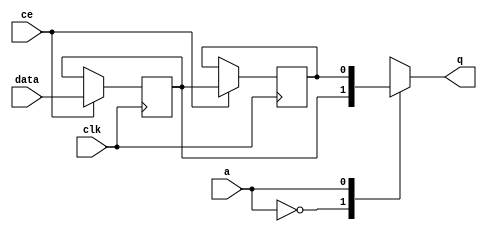
// ==============================================================
// Vivado(TM) HLS - High-Level Synthesis from C, C++ and SystemC v2019.2 (64-bit)
// Copyright 1986-2019 Xilinx, Inc. All Rights Reserved.
// ==============================================================

`timescale 1 ns / 1 ps

module start_for_yolo_decode_ss_ap_fixed_ap_fixed_5ul_4ul_4ul_2ubgk_shiftReg (
    clk,
    data,
    ce,
    a,
    q);

parameter DATA_WIDTH = 32'd1;
parameter ADDR_WIDTH = 32'd1;
parameter DEPTH = 2'd2;

input clk;
input [DATA_WIDTH-1:0] data;
input ce;
input [ADDR_WIDTH-1:0] a;
output [DATA_WIDTH-1:0] q;

reg[DATA_WIDTH-1:0] SRL_SIG [0:DEPTH-1];
integer i;

always @ (posedge clk)
    begin
        if (ce)
        begin
            for (i=0;i<DEPTH-1;i=i+1)
                SRL_SIG[i+1] <= SRL_SIG[i];
            SRL_SIG[0] <= data;
        end
    end

assign q = SRL_SIG[a];

endmodule

module start_for_yolo_decode_ss_ap_fixed_ap_fixed_5ul_4ul_4ul_2ubgk (
    clk,
    reset,
    if_empty_n,
    if_read_ce,
    if_read,
    if_dout,
    if_full_n,
    if_write_ce,
    if_write,
    if_din);

parameter MEM_STYLE   = "shiftreg";
parameter DATA_WIDTH  = 32'd1;
parameter ADDR_WIDTH  = 32'd1;
parameter DEPTH       = 2'd2;

input clk;
input reset;
output if_empty_n;
input if_read_ce;
input if_read;
output[DATA_WIDTH - 1:0] if_dout;
output if_full_n;
input if_write_ce;
input if_write;
input[DATA_WIDTH - 1:0] if_din;

wire[ADDR_WIDTH - 1:0] shiftReg_addr ;
wire[DATA_WIDTH - 1:0] shiftReg_data, shiftReg_q;
wire                     shiftReg_ce;
reg[ADDR_WIDTH:0] mOutPtr = ~{(ADDR_WIDTH+1){1'b0}};
reg internal_empty_n = 0;
reg internal_full_n = 1;

assign if_full_n = internal_full_n;
assign if_empty_n = internal_empty_n;
assign shiftReg_data = if_din;
assign if_dout = shiftReg_q;

always @ (posedge clk) begin
    if (reset == 1'b1)
    begin
        mOutPtr <= ~{ADDR_WIDTH+1{1'b0}};
        internal_empty_n <= 1'b0;
        internal_full_n <= 1'b1;
    end
    else begin
        if (((if_read & if_read_ce) == 1 & internal_empty_n == 1) && 
            ((if_write & if_write_ce) == 0 | internal_full_n == 0))
        begin
            mOutPtr <= mOutPtr - 2'd1;
            if (mOutPtr == 2'd0)
                internal_empty_n <= 1'b0;
            internal_full_n <= 1'b1;
        end 
        else if (((if_read & if_read_ce) == 0 | internal_empty_n == 0) && 
            ((if_write & if_write_ce) == 1 & internal_full_n == 1))
        begin
            mOutPtr <= mOutPtr + 2'd1;
            internal_empty_n <= 1'b1;
            if (mOutPtr == DEPTH - 2'd2)
                internal_full_n <= 1'b0;
        end 
    end
end

assign shiftReg_addr = mOutPtr[ADDR_WIDTH] == 1'b0 ? mOutPtr[ADDR_WIDTH-1:0]:{ADDR_WIDTH{1'b0}};
assign shiftReg_ce = (if_write & if_write_ce) & internal_full_n;

start_for_yolo_decode_ss_ap_fixed_ap_fixed_5ul_4ul_4ul_2ubgk_shiftReg 
#(
    .DATA_WIDTH(DATA_WIDTH),
    .ADDR_WIDTH(ADDR_WIDTH),
    .DEPTH(DEPTH))
U_start_for_yolo_decode_ss_ap_fixed_ap_fixed_5ul_4ul_4ul_2ubgk_ram (
    .clk(clk),
    .data(shiftReg_data),
    .ce(shiftReg_ce),
    .a(shiftReg_addr),
    .q(shiftReg_q));

endmodule